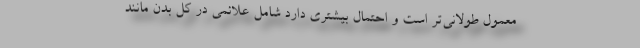
معمول طولانی‌تر است و احتمال بیشتری دارد شامل علائمی در کل بدن مانند